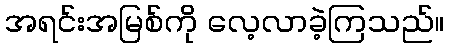
အရင်းအမြစ်ကို လေ့လာခဲ့ကြသည်။